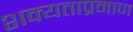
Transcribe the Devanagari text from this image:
शक्यताप्रमाण